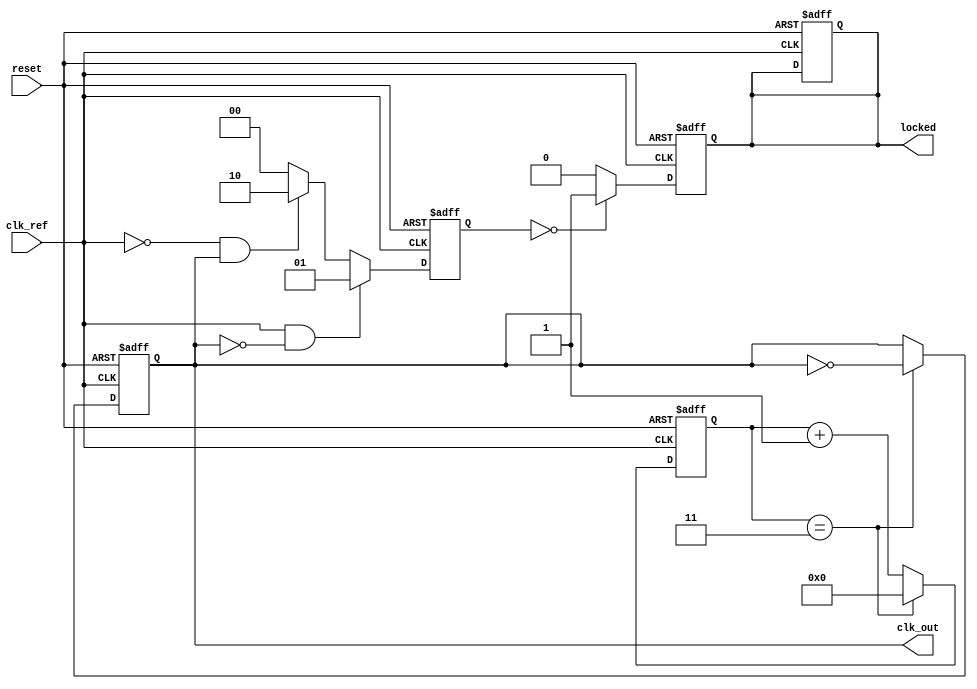
module low_jitter_pll (
    input wire clk_ref,         // Reference clock input
    input wire reset,          // Reset signal
    output reg clk_out,        // Output clock
    output reg locked          // Lock status
);

    // Parameters
    parameter DIV_RATIO = 4;   // Frequency division ratio
    parameter VCO_MAX_FREQ = 100; // Maximum VCO frequency (in MHz)
    parameter VCO_MIN_FREQ = 25;  // Minimum VCO frequency (in MHz)

    // Internal signals
    reg [1:0] phase_detector_out; // Phase detector output
    reg [7:0] loop_filter_out;     // Loop filter output (control voltage)
    reg [7:0] vco_freq;            // VCO frequency control
    reg [3:0] divider_count;       // Divider counter
    reg [1:0] state;               // State for phase detector

    // Phase Detector
    always @(posedge clk_ref or posedge reset) begin
        if (reset) begin
            state <= 2'b00;
            phase_detector_out <= 2'b00;
        end else begin
            // Simple phase detector logic (PFD)
            if (clk_ref && !clk_out) begin
                phase_detector_out <= 2'b01; // Reference clock leads
            end else if (!clk_ref && clk_out) begin
                phase_detector_out <= 2'b10; // Feedback clock leads
            end else begin
                phase_detector_out <= 2'b00; // No phase difference
            end
        end
    end

    // Loop Filter (Simple Integrator)
    always @(posedge clk_ref or posedge reset) begin
        if (reset) begin
            loop_filter_out <= 8'b0;
        end else begin
            case (phase_detector_out)
                2'b01: loop_filter_out <= loop_filter_out + 1; // Increase control voltage
                2'b10: loop_filter_out <= loop_filter_out - 1; // Decrease control voltage
                default: loop_filter_out <= loop_filter_out;    // Hold
            endcase
        end
    end

    // Voltage-Controlled Oscillator (VCO)
    always @(posedge clk_ref or posedge reset) begin
        if (reset) begin
            vco_freq <= VCO_MIN_FREQ; // Start at minimum frequency
        end else begin
            // Control VCO frequency based on loop filter output
            vco_freq <= VCO_MIN_FREQ + loop_filter_out[7:0] % (VCO_MAX_FREQ - VCO_MIN_FREQ);
        end
    end

    // Frequency Divider
    always @(posedge clk_ref or posedge reset) begin
        if (reset) begin
            divider_count <= 0;
            clk_out <= 0;
            locked <= 0;
        end else begin
            if (divider_count == (DIV_RATIO - 1)) begin
                clk_out <= ~clk_out; // Toggle output clock
                divider_count <= 0;
            end else begin
                divider_count <= divider_count + 1;
            end
        end
    end

    // Lock detection (simple logic)
    always @(posedge clk_ref or posedge reset) begin
        if (reset) begin
            locked <= 0;
        end else begin
            // Simple lock detection logic
            if (phase_detector_out == 2'b00) begin
                locked <= 1; // Locked when no phase difference
            end else begin
                locked <= 0; // Not locked
            end
        end
    end

endmodule